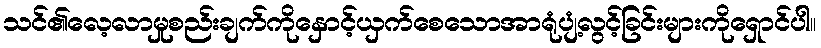
သင်၏လေ့လာမှုစည်းချက်ကိုနှောင့်ယှက်စေသောအာရုံပျံ့လွင့်ခြင်းများကိုရှောင်ပါ။